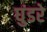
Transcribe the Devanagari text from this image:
घुंडरे